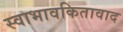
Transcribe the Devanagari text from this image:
स्वाभावकितावाद